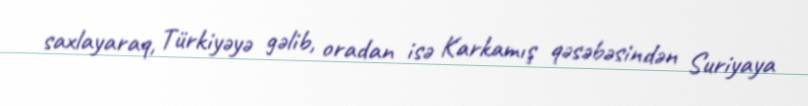
saxlayaraq, Türkiyəyə gəlib, oradan isə Karkamış qəsəbəsindən Suriyaya